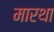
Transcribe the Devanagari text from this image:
मारथा